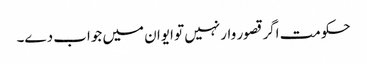
حکومت اگر قصور وار نہیں تو ایوان میں جواب دے۔